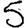
Digit: 5